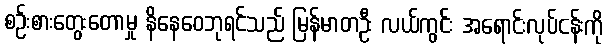
စဉ်းစားတွေးတောမှု နိနေဝေဘုရင်သည် မြန်မာတဦး လယ်ကွင်း အရောင်းလုပ်ငန်းကို